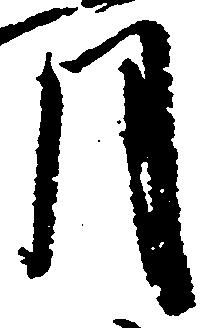
月